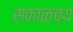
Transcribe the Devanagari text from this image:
सकाळच्य